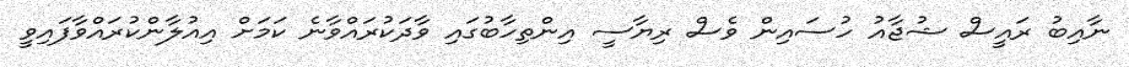
ނާއިބު ރައީސް ޝުޖާއު ހުސައިން ވެސް ރިޔާސީ އިންތިހާބުގައި ވާދަކުރައްވާނެ ކަމަށް އިއުލާންކުރައްވާފައިވީ